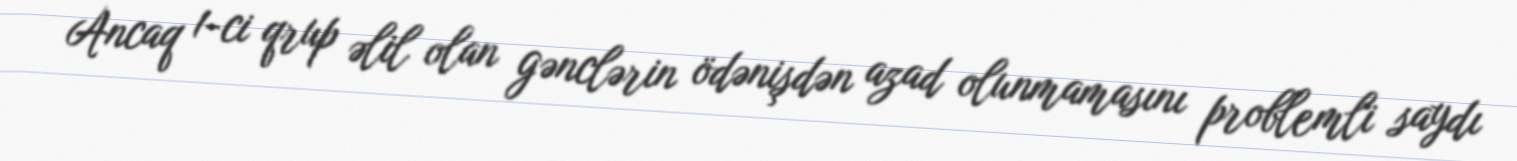
Ancaq 1-ci qrup əlil olan gənclərin ödənişdən azad olunmamasını problemli saydı